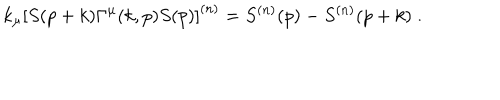
LaTeX: k _ { \mu } \left[ S ( p + k ) \Gamma ^ { \mu } ( k , p ) S ( p ) \right] ^ { ( n ) } = S ^ { ( n ) } ( p ) - S ^ { ( n ) } ( p + k ) \; .